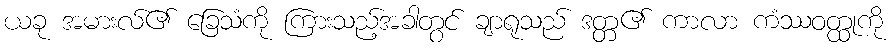
ယခု အမားလ်၏ ခြေသံကို ကြားသည့်အခါတွင် ချာရုသည် ဒတ္တ၏ ကာလာ ကံဿဝတ္ထုကို